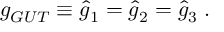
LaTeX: g _ { G U T } \equiv \hat { g } _ { 1 } = \hat { g } _ { 2 } = \hat { g } _ { 3 } \; .